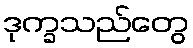
ဒုက္ခသည်တွေ